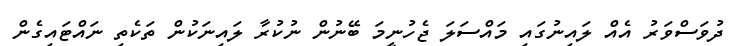
ދުވަސްވަރު އެއް ލައިނުގައި މައްސަލަ ޖެހުނީމަ ބޭނުން ނުކުރާ ލައިނަކުން ތަކެތި ނައްޓައިގެން